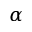
\alpha